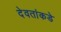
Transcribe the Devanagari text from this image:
देवतांकडे